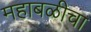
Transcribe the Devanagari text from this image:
महाबळीचा